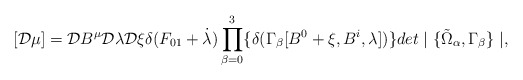
\begin{align*}[{\cal D} \mu] = {\cal D} B^\mu {\cal D} \lambda {\cal D} \xi \delta(F_{01}+\dot{\lambda}) \prod^3_{\beta = 0} \{ \delta(\Gamma_{\beta}[B^0 + \xi, B^i, \lambda]) \} det \mid \{\tilde{\Omega}_{\alpha}, \Gamma_{\beta}\} \mid,\end{align*}